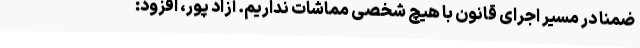
ضمناً در مسیر اجرای قانون با هیچ شخصی مماشات نداریم. آزاد پور، افزود: